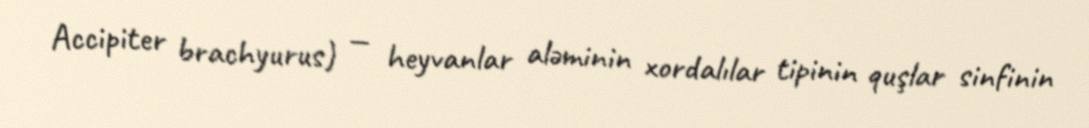
Accipiter brachyurus) — heyvanlar aləminin xordalılar tipinin quşlar sinfinin